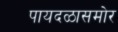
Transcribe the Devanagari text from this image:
पायदळासमोर